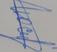
Signature authenticity: genuine